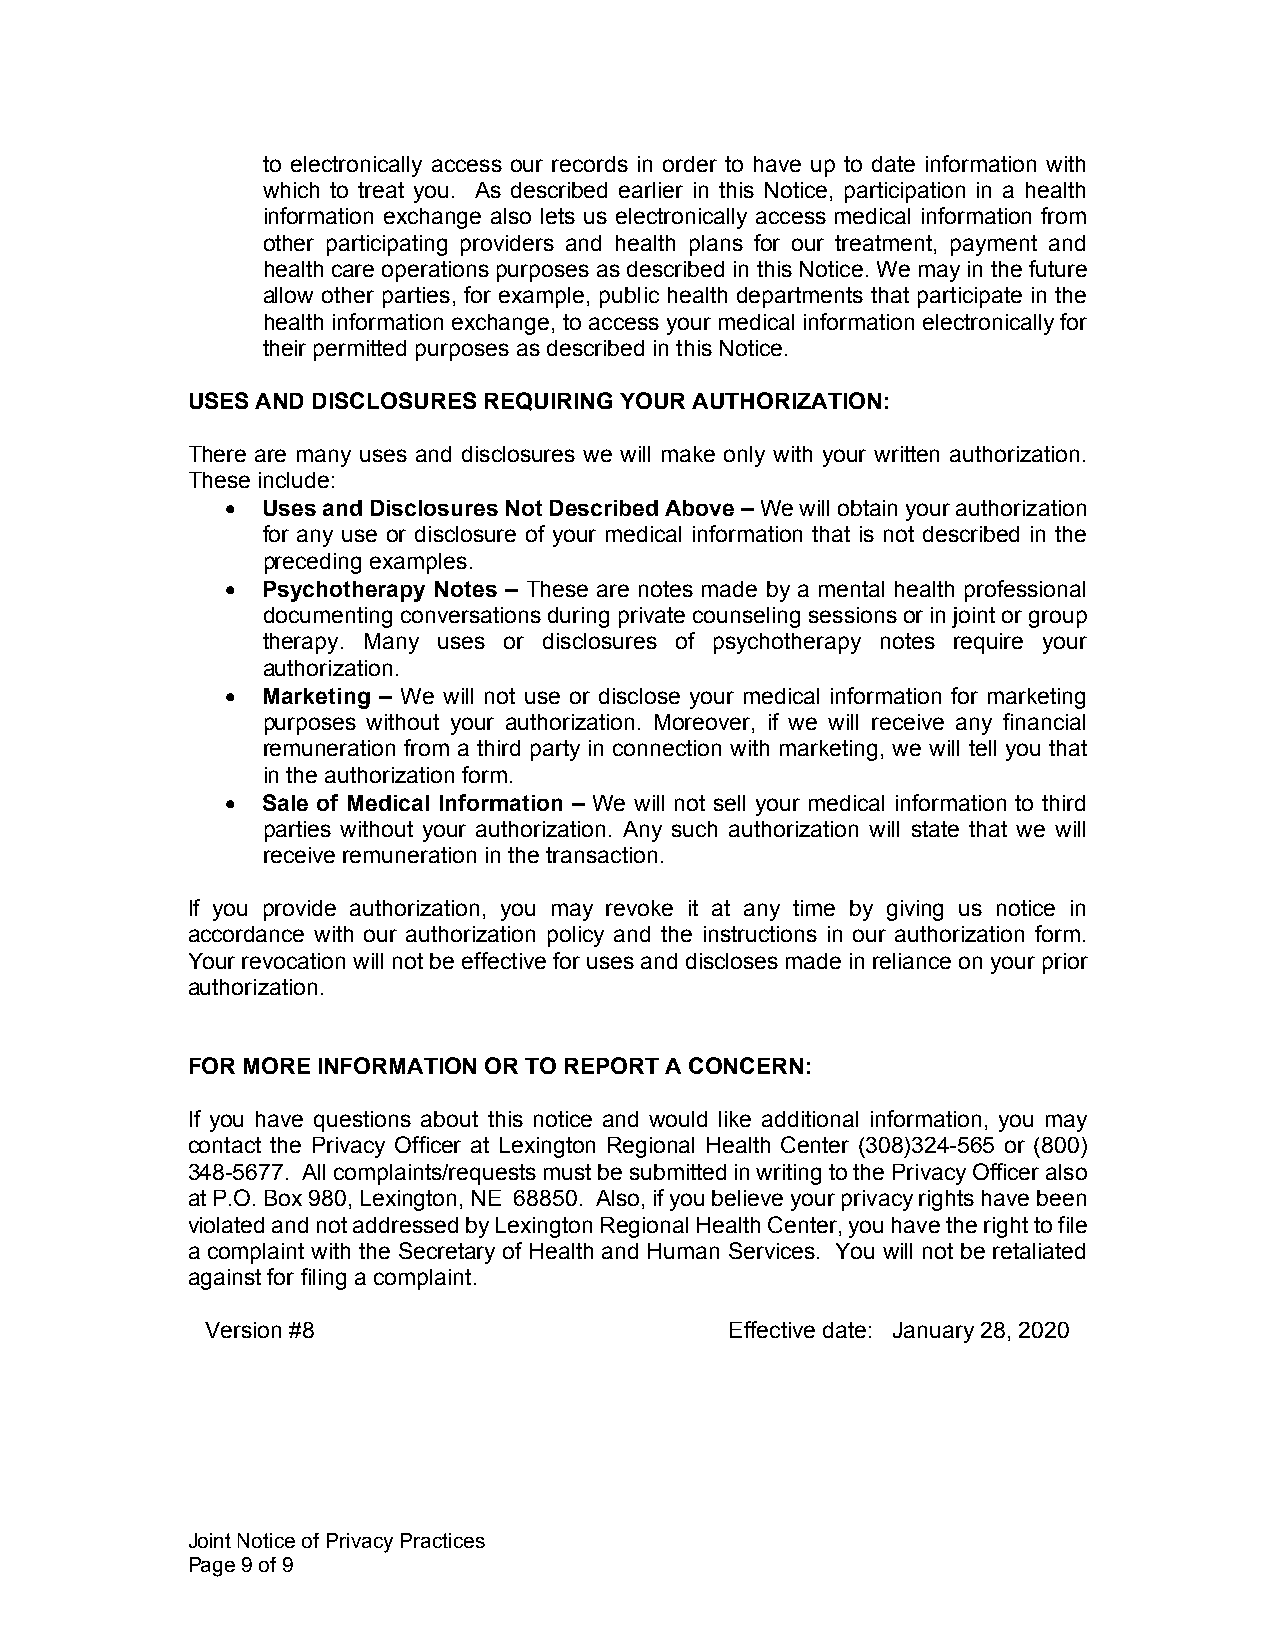
to electronically access our records in order to have up to date information with
 which to treat you. As described earlier in this Notice, participation in a health
 information exchange also lets us electronically access medical information from
 other participating providers and health plans for our treatment, payment and
 health care operations purposes as described in this Notice. We may in the future
 allow other parties, for example, public health departments that participate in the
 health information exchange, to access your medical information electronically for
 their permitted purposes as described in this Notice.
 USES AND DISCLOSURES REQUIRING YOUR AUTHORIZATION:
 There are many uses and disclosures we will make only with your written authorization.
 These include:
 • Uses and Disclosures Not Described Above – We will obtain your authorization
 for any use or disclosure of your medical information that is not described in the
 preceding examples.
 • Psychotherapy Notes – These are notes made by a mental health professional
 documenting conversations during private counseling sessions or in joint or group
 therapy. Many uses or disclosures of psychotherapy notes require your
 authorization.
 • Marketing – We will not use or disclose your medical information for marketing
 purposes without your authorization. Moreover, if we will receive any financial
 remuneration from a third party in connection with marketing, we will tell you that
 in the authorization form.
 • Sale of Medical Information – We will not sell your medical information to third
 parties without your authorization. Any such authorization will state that we will
 receive remuneration in the transaction.
 If you provide authorization, you may revoke it at any time by giving us notice in
 accordance with our authorization policy and the instructions in our authorization form.
 Your revocation will not be effective for uses and discloses made in reliance on your prior
 authorization.
 FOR MORE INFORMATION OR TO REPORT A CONCERN:
 If you have questions about this notice and would like additional information, you may
 contact the Privacy Officer at Lexington Regional Health Center (308)324-565 or (800)
 348-5677. All complaints/requests must be submitted in writing to the Privacy Officer also
 at P.O. Box 980, Lexington, NE 68850. Also, if you believe your privacy rights have been
 violated and not addressed by Lexington Regional Health Center, you have the right to file
 a complaint with the Secretary of Health and Human Services. You will not be retaliated
 against for filing a complaint.
 Version #8                        Effective date: January 28, 2020
 Joint Notice of Privacy Practices
 Page 9 of 9